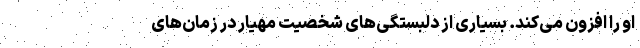
او را افزون می‌کند. بسیاری از دلبستگی‌های شخصیت مهیار در زمان‌های